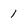
Character: 1